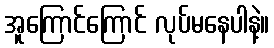
အူကြောင်ကြောင် လုပ်မနေပါနဲ့။